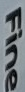
Fine